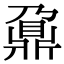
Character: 鼐